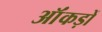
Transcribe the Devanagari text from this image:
ऑंकड़ों